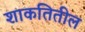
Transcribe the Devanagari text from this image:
शाकतितील